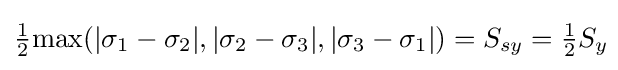
{\tfrac {1}{2}}{\max(|\sigma _{1}-\sigma _{2}|,|\sigma _{2}-\sigma _{3}|,|\sigma _{3}-\sigma _{1}|)=S_{sy}={\tfrac {1}{2}}S_{y}}\!